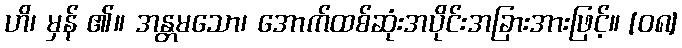
ဟိ၊ မှန် ၏။ အန္တမသော၊ အောက်ထစ်ဆုံးအပိုင်းအခြားအားဖြင့်။ [၀၈]